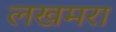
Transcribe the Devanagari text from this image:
लखमरा